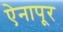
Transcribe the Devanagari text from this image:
ऐनापूर